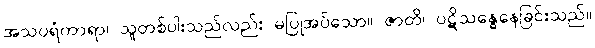
အသပရံကာရာ၊ သူတစ်ပါးသည်လည်း မပြုအပ်သော။ ဇာတိ၊ ပဋိသန္ဓေနေခြင်းသည်။